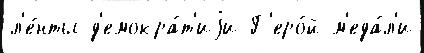
л'е́нты д'емокра́т'иjи Г'еро́й м'еда́л'и